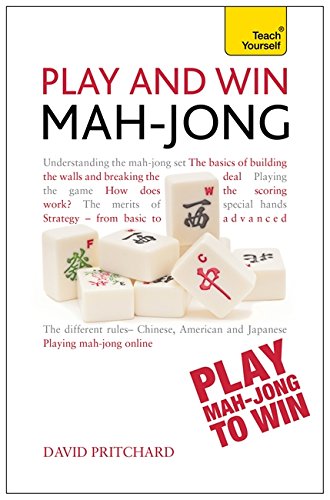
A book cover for Play and Win Mah-jong (Teach Yourself); David Pritchard; Humor & Entertainment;